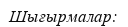
Шығырмалар: